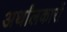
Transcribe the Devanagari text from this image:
अर्थांलकारों